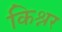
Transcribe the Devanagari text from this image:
किश्नर